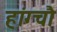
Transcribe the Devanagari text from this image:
हांग्चौ